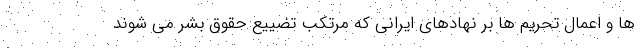
ها و اعمال تحریم ها بر نهادهای ایرانی که مرتکب تضییع حقوق بشر می شوند